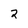
Character: 2